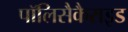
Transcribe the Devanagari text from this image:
पॉलिसैकैराइड